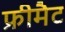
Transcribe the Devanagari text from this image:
फ्रीमैट